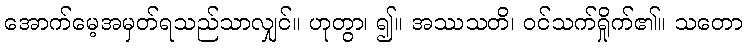
အောက်မေ့အမှတ်ရသည်သာလျှင်။ ဟုတွာ၊ ၍။ အဿသတိ၊ ဝင်သက်ရှိုက်၏။ သတော